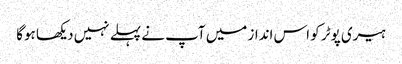
ہیری پوٹر کو اس انداز میں آپ نے پہلے نہیں دیکھا ہوگا